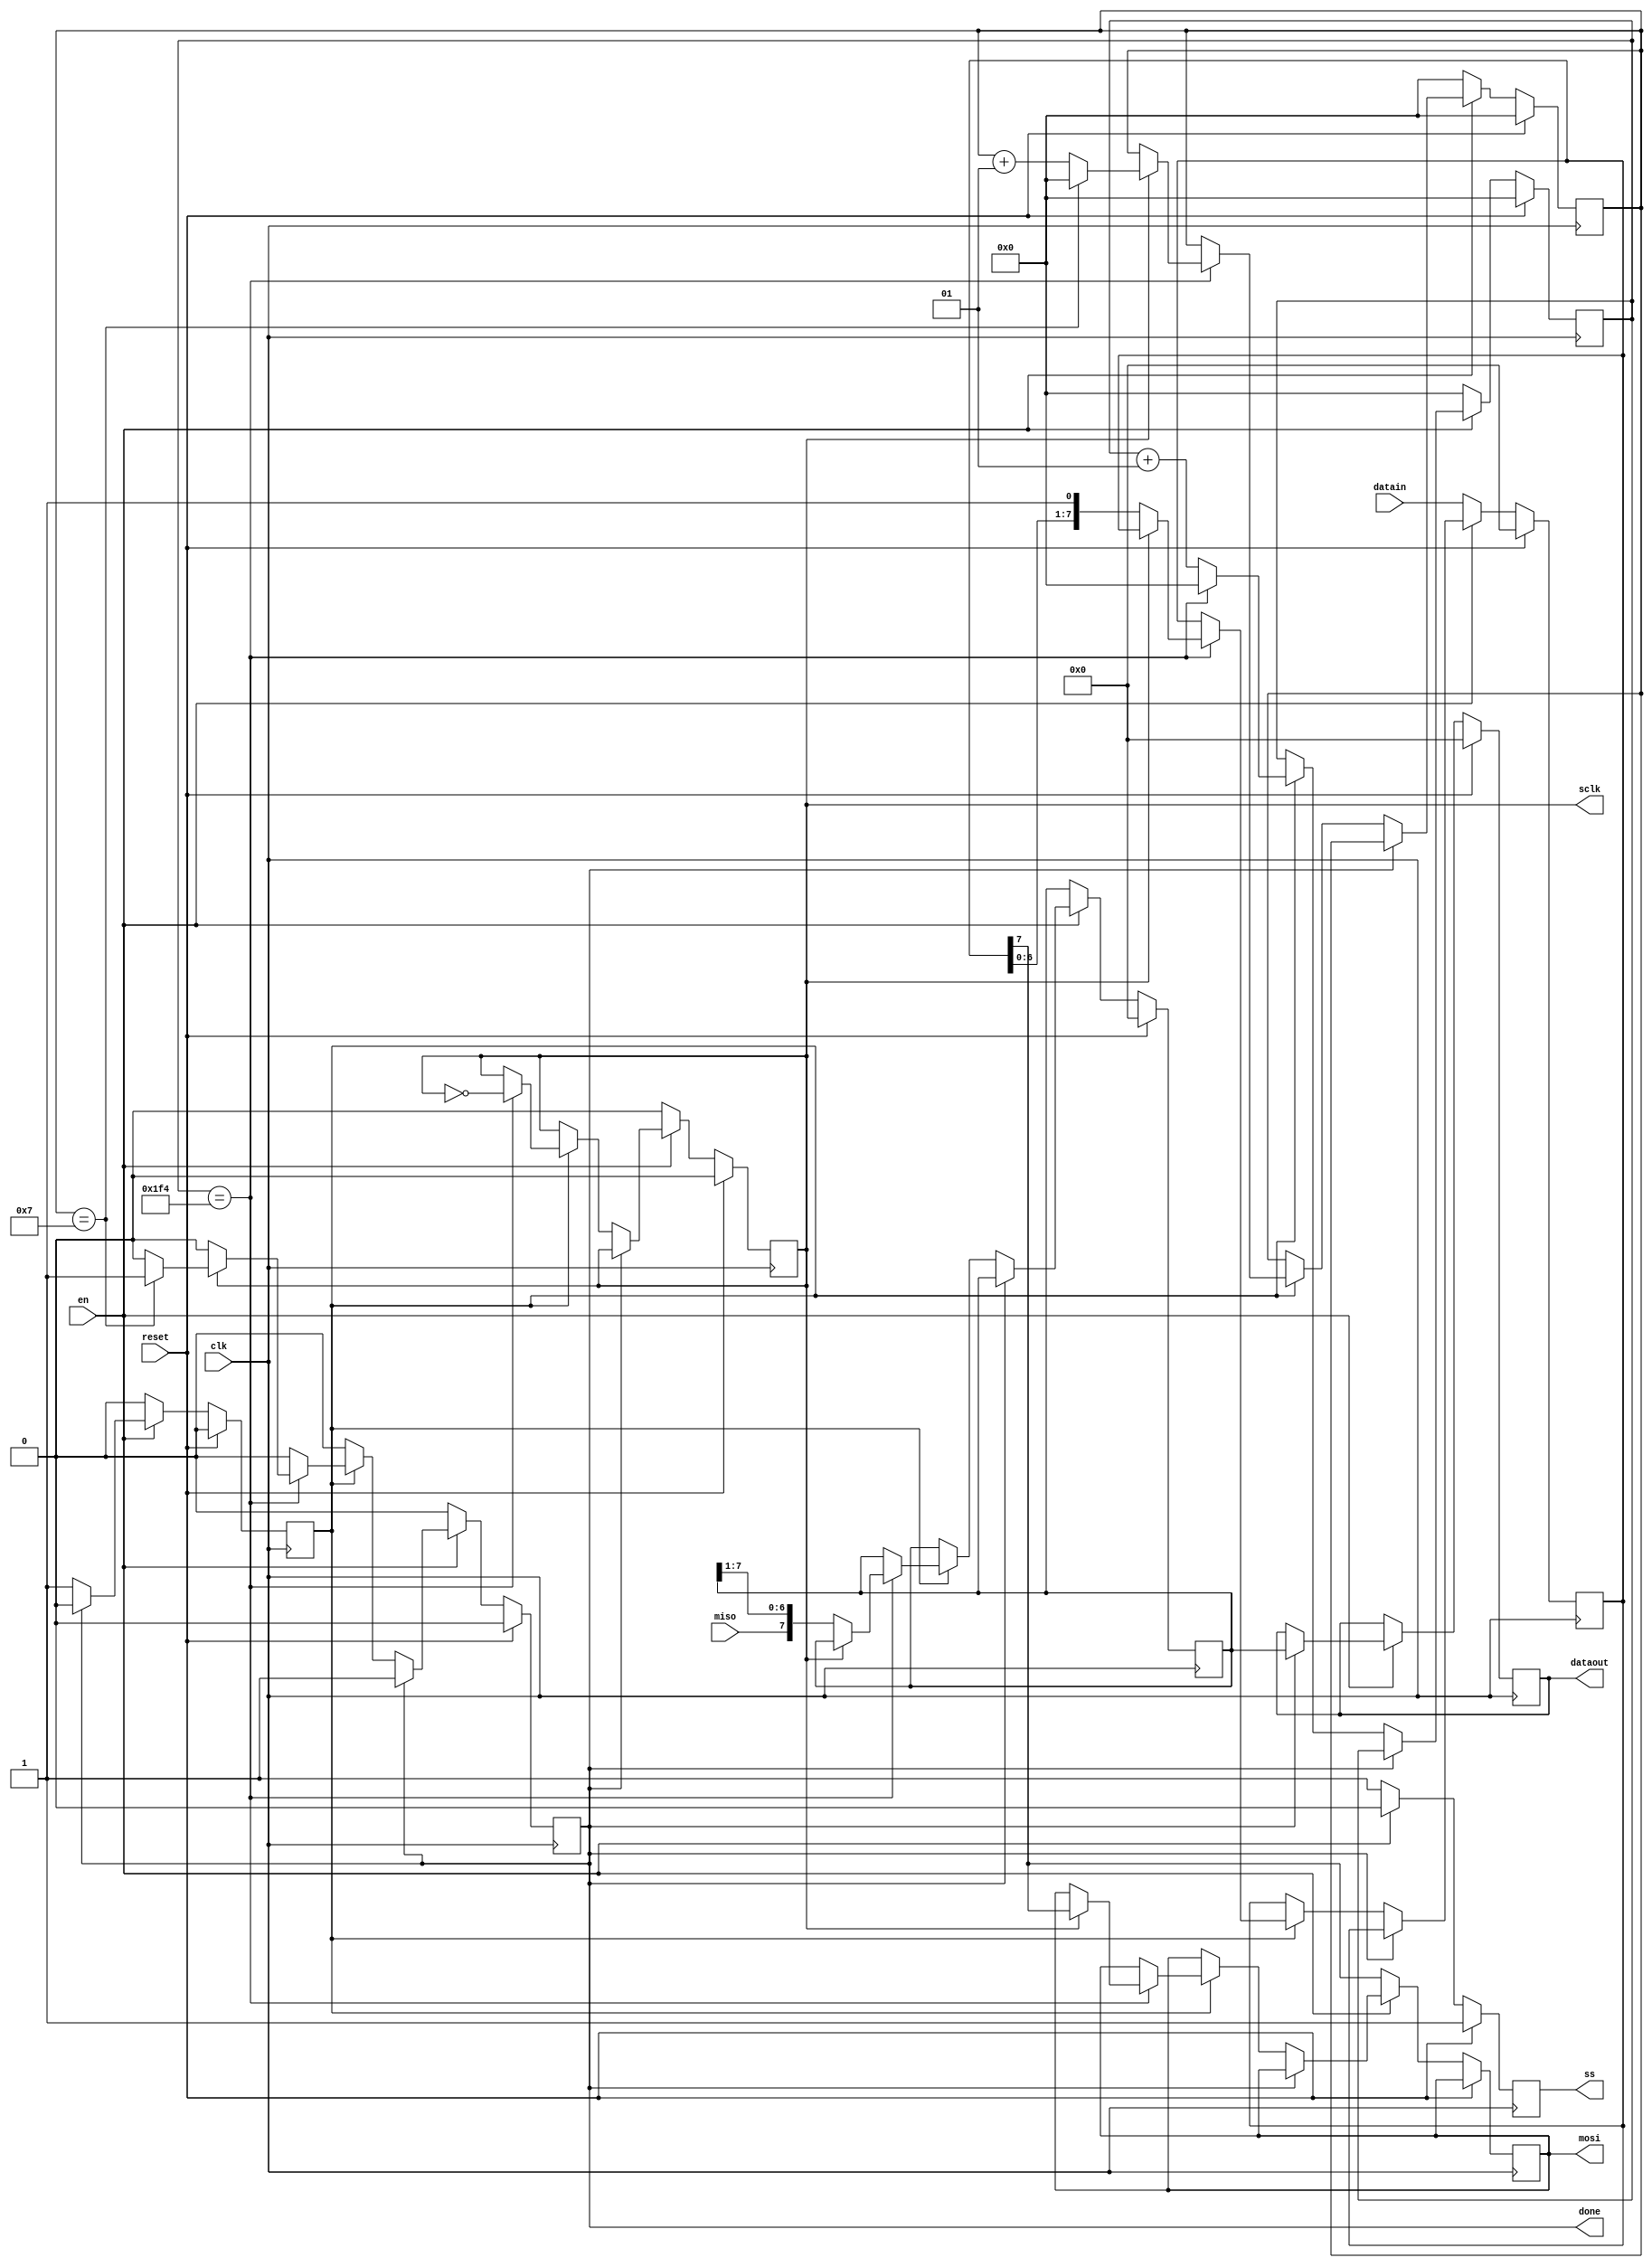
module spi
	#(parameter N=8,
	parameter tope=500)	
	( 
	input [N-1:0] datain,
	input en,
	input reset,
	input clk,
	input miso,
	output reg [N-1:0] dataout,
	output reg done,
	output reg mosi,
	output reg ss,
	output reg sclk
	);


integer countd=0;
integer div=0;
reg [N-1:0] datase=0;
reg [N-1:0] datare=0;
reg run=0;

always @(posedge clk)
begin

	if(reset)
		begin
		countd<=0;
		sclk<=0;
		run<=0;
		div<=0;
		ss<=1;
		done<=0;
		dataout<=0;
		datase<=0;
		datare<=0;
		end

	
	else if(en)
		begin
		run<=1;
		ss<=0;
		if(done)
			begin
			run<=0;
			dataout<=datare;
		end
		else if(run)
			if(div==tope)
				begin
				sclk<=~sclk;
				div<=0;
					if(sclk)
						begin
						countd<=countd+1;
						mosi<=datase[N-1];
						if(countd==7)
							begin
							countd<=0;
							done<=1;
							end
						end
					else if(~sclk)
						begin
						datare<={miso,datare[N-1:1]};
						datase<={datase[N-2:0],1'b1};
						end
				end		

			else
				div<=div+1;
		end
	else if(~en)
		begin
		countd<=0;
		sclk<=0;
		run<=0;
		div<=0;
		ss<=1;
		done<=0;
		datase<=datain;
		mosi<=datase[N-1];
		end

		
		
end





endmodule